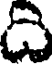
ది